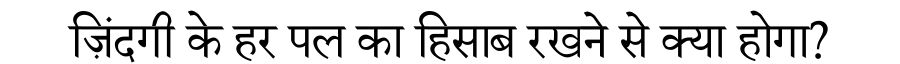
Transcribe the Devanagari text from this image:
ज़िंदगी के हर पल का हिसाब रखने से क्या होगा?